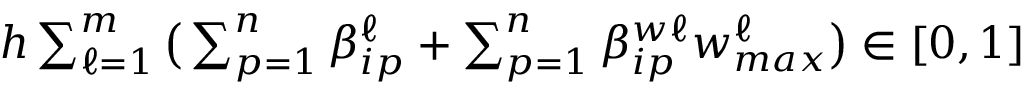
h \textstyle \sum _ { \ell = 1 } ^ { m } \big ( \textstyle \sum _ { p = 1 } ^ { n } \beta _ { i p } ^ { \ell } + \textstyle \sum _ { p = 1 } ^ { n } \beta _ { i p } ^ { w \ell } w _ { m a x } ^ { \ell } \big ) \in [ 0 , 1 ]